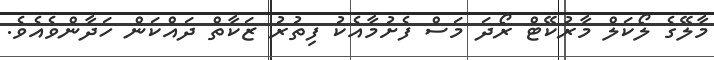
މާލޭގެ ލޯކަލް މާރުކޭޓް ރޯދަ މަސް ފެށުމާއެކު ފިތުރު ޒަކާތް ދައްކަން ހަދާންވެއެވެ.